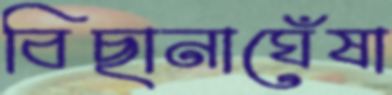
বিছানাঘেঁষা